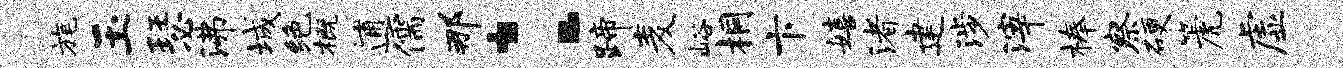
旄玉瑟沸城绝概逋儒那：蹄麦峪桐卞嬉渚建涉滓榛察硬篪虚